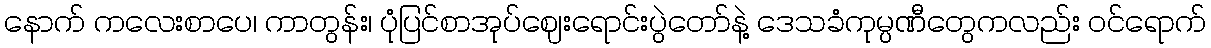
နောက် ကလေးစာပေ၊ ကာတွန်း၊ ပုံပြင်စာအုပ်ဈေးရောင်းပွဲတော်နဲ့ ဒေသခံကုမ္ပဏီတွေကလည်း ဝင်ရောက်